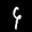
Label: 9